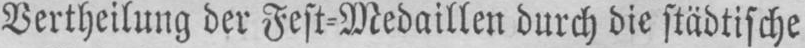
Vertheilung der Fest⸗Medaillen durch die städtische